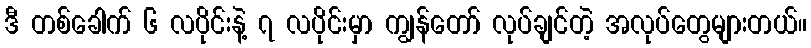
ဒီ တစ်ခေါက် ၆ လပိုင်းနဲ့ ၇ လပိုင်းမှာ ကျွန်တော် လုပ်ချင်တဲ့ အလုပ်တွေများတယ်။